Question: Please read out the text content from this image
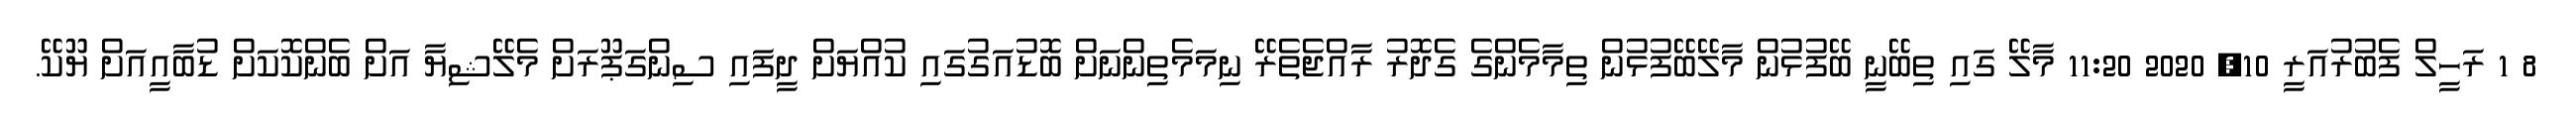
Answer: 8 1 ރަހީލް ފެބުރުއަރީ 10, 2020 11:20 މާލޭ ގައި ތިބޭނީ ބޭފުޅުން މާލޭބޭފުޅުން ތިމާމެންގެ ގެދޮރު ރާއްޖެތެރޭ ނިމަމެތިންނަށް ބޮޑުއަގުގައި ކުއްޔަށް ދީފައި ސިންގަޕޫރަށް މެލޭޝިޔާ އަށް ބެންކޮކަށް ޑުބާއީއަށް ޔޫކޭ.